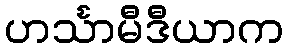
ဟင်္သာမီဒီယာက